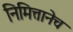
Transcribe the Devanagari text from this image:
निमित्तानेच